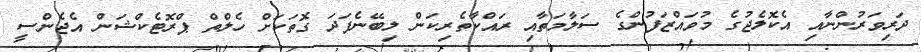
ދަރިވަރުންނާއި އެކޮލެޖުގެ މުވައްޒަފުންގެ ސަލާމަތާއި ރައްކާތެރިކަން ލިބޭނެފަދަ ގޮތަކަށް ހެލްތް ޕްރޮޓެކްޝަން އެޖެންސީ